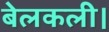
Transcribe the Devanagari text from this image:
बेलकली।